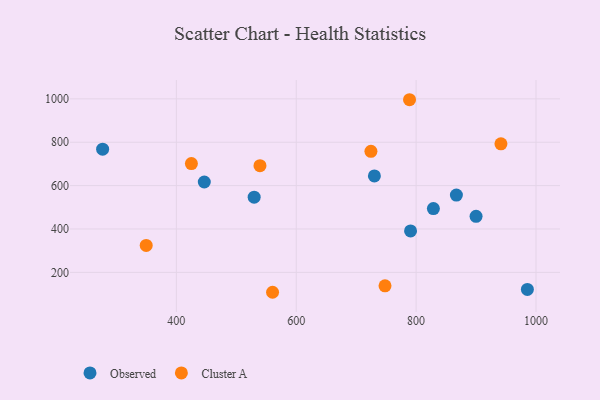
{"axis": {"x": "Ad Spend", "y": "Exam Score"}, "legend": ["Cluster A", "Observed"], "data": [{"x": "446.6", "y": 616.5, "type": "Observed"}, {"x": "867.2", "y": 556.2, "type": "Observed"}, {"x": "529.8", "y": 546.6, "type": "Observed"}, {"x": "277.0", "y": 767.9, "type": "Observed"}, {"x": "900.0", "y": 458.3, "type": "Observed"}, {"x": "790.7", "y": 391.1, "type": "Observed"}, {"x": "985.6", "y": 121.2, "type": "Observed"}, {"x": "828.8", "y": 494.3, "type": "Observed"}, {"x": "730.4", "y": 644.4, "type": "Observed"}, {"x": "941.5", "y": 792.5, "type": "Cluster A"}, {"x": "349.7", "y": 324.0, "type": "Cluster A"}, {"x": "425.1", "y": 701.7, "type": "Cluster A"}, {"x": "539.5", "y": 691.9, "type": "Cluster A"}, {"x": "789.0", "y": 995.9, "type": "Cluster A"}, {"x": "724.6", "y": 757.8, "type": "Cluster A"}, {"x": "560.5", "y": 108.2, "type": "Cluster A"}, {"x": "748.1", "y": 137.9, "type": "Cluster A"}]}